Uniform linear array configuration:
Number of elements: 32
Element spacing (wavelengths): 0.5
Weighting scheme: blackman
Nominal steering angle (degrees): -30
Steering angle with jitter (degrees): -30.925
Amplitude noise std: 0.05
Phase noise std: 0.05

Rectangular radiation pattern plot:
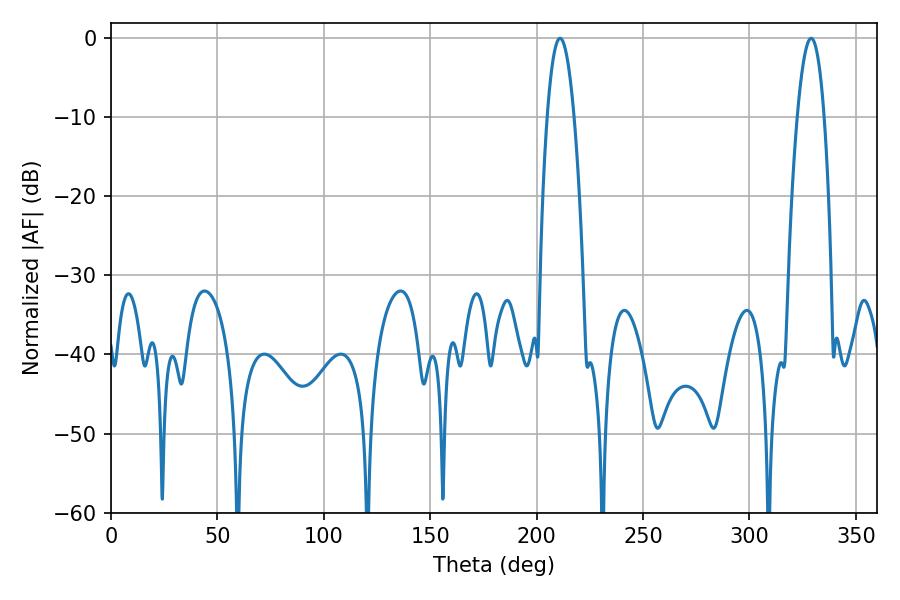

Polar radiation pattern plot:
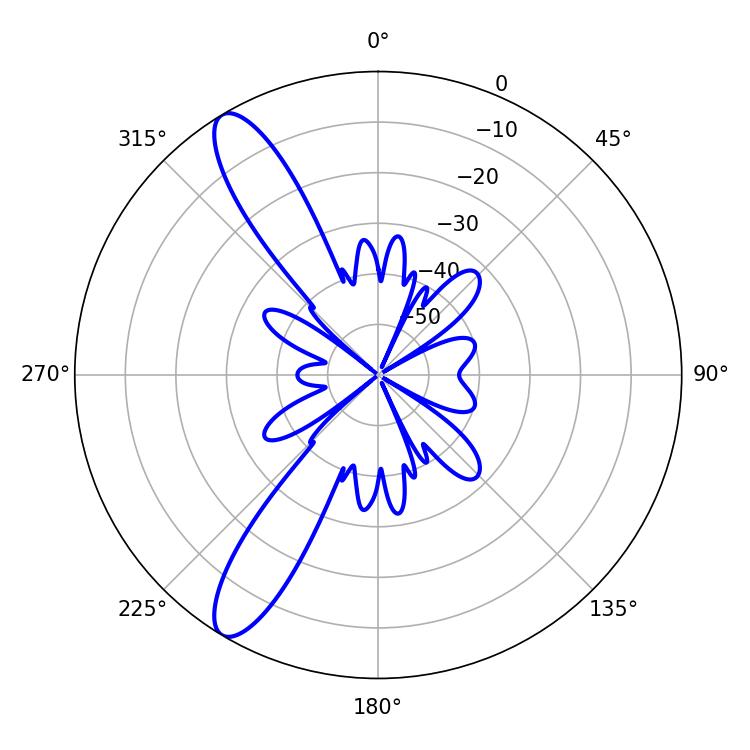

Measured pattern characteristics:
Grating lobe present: FALSE
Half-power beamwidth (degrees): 7.02
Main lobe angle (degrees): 210.96